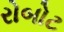
રોબોટ